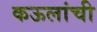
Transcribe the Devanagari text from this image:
कऊलांची